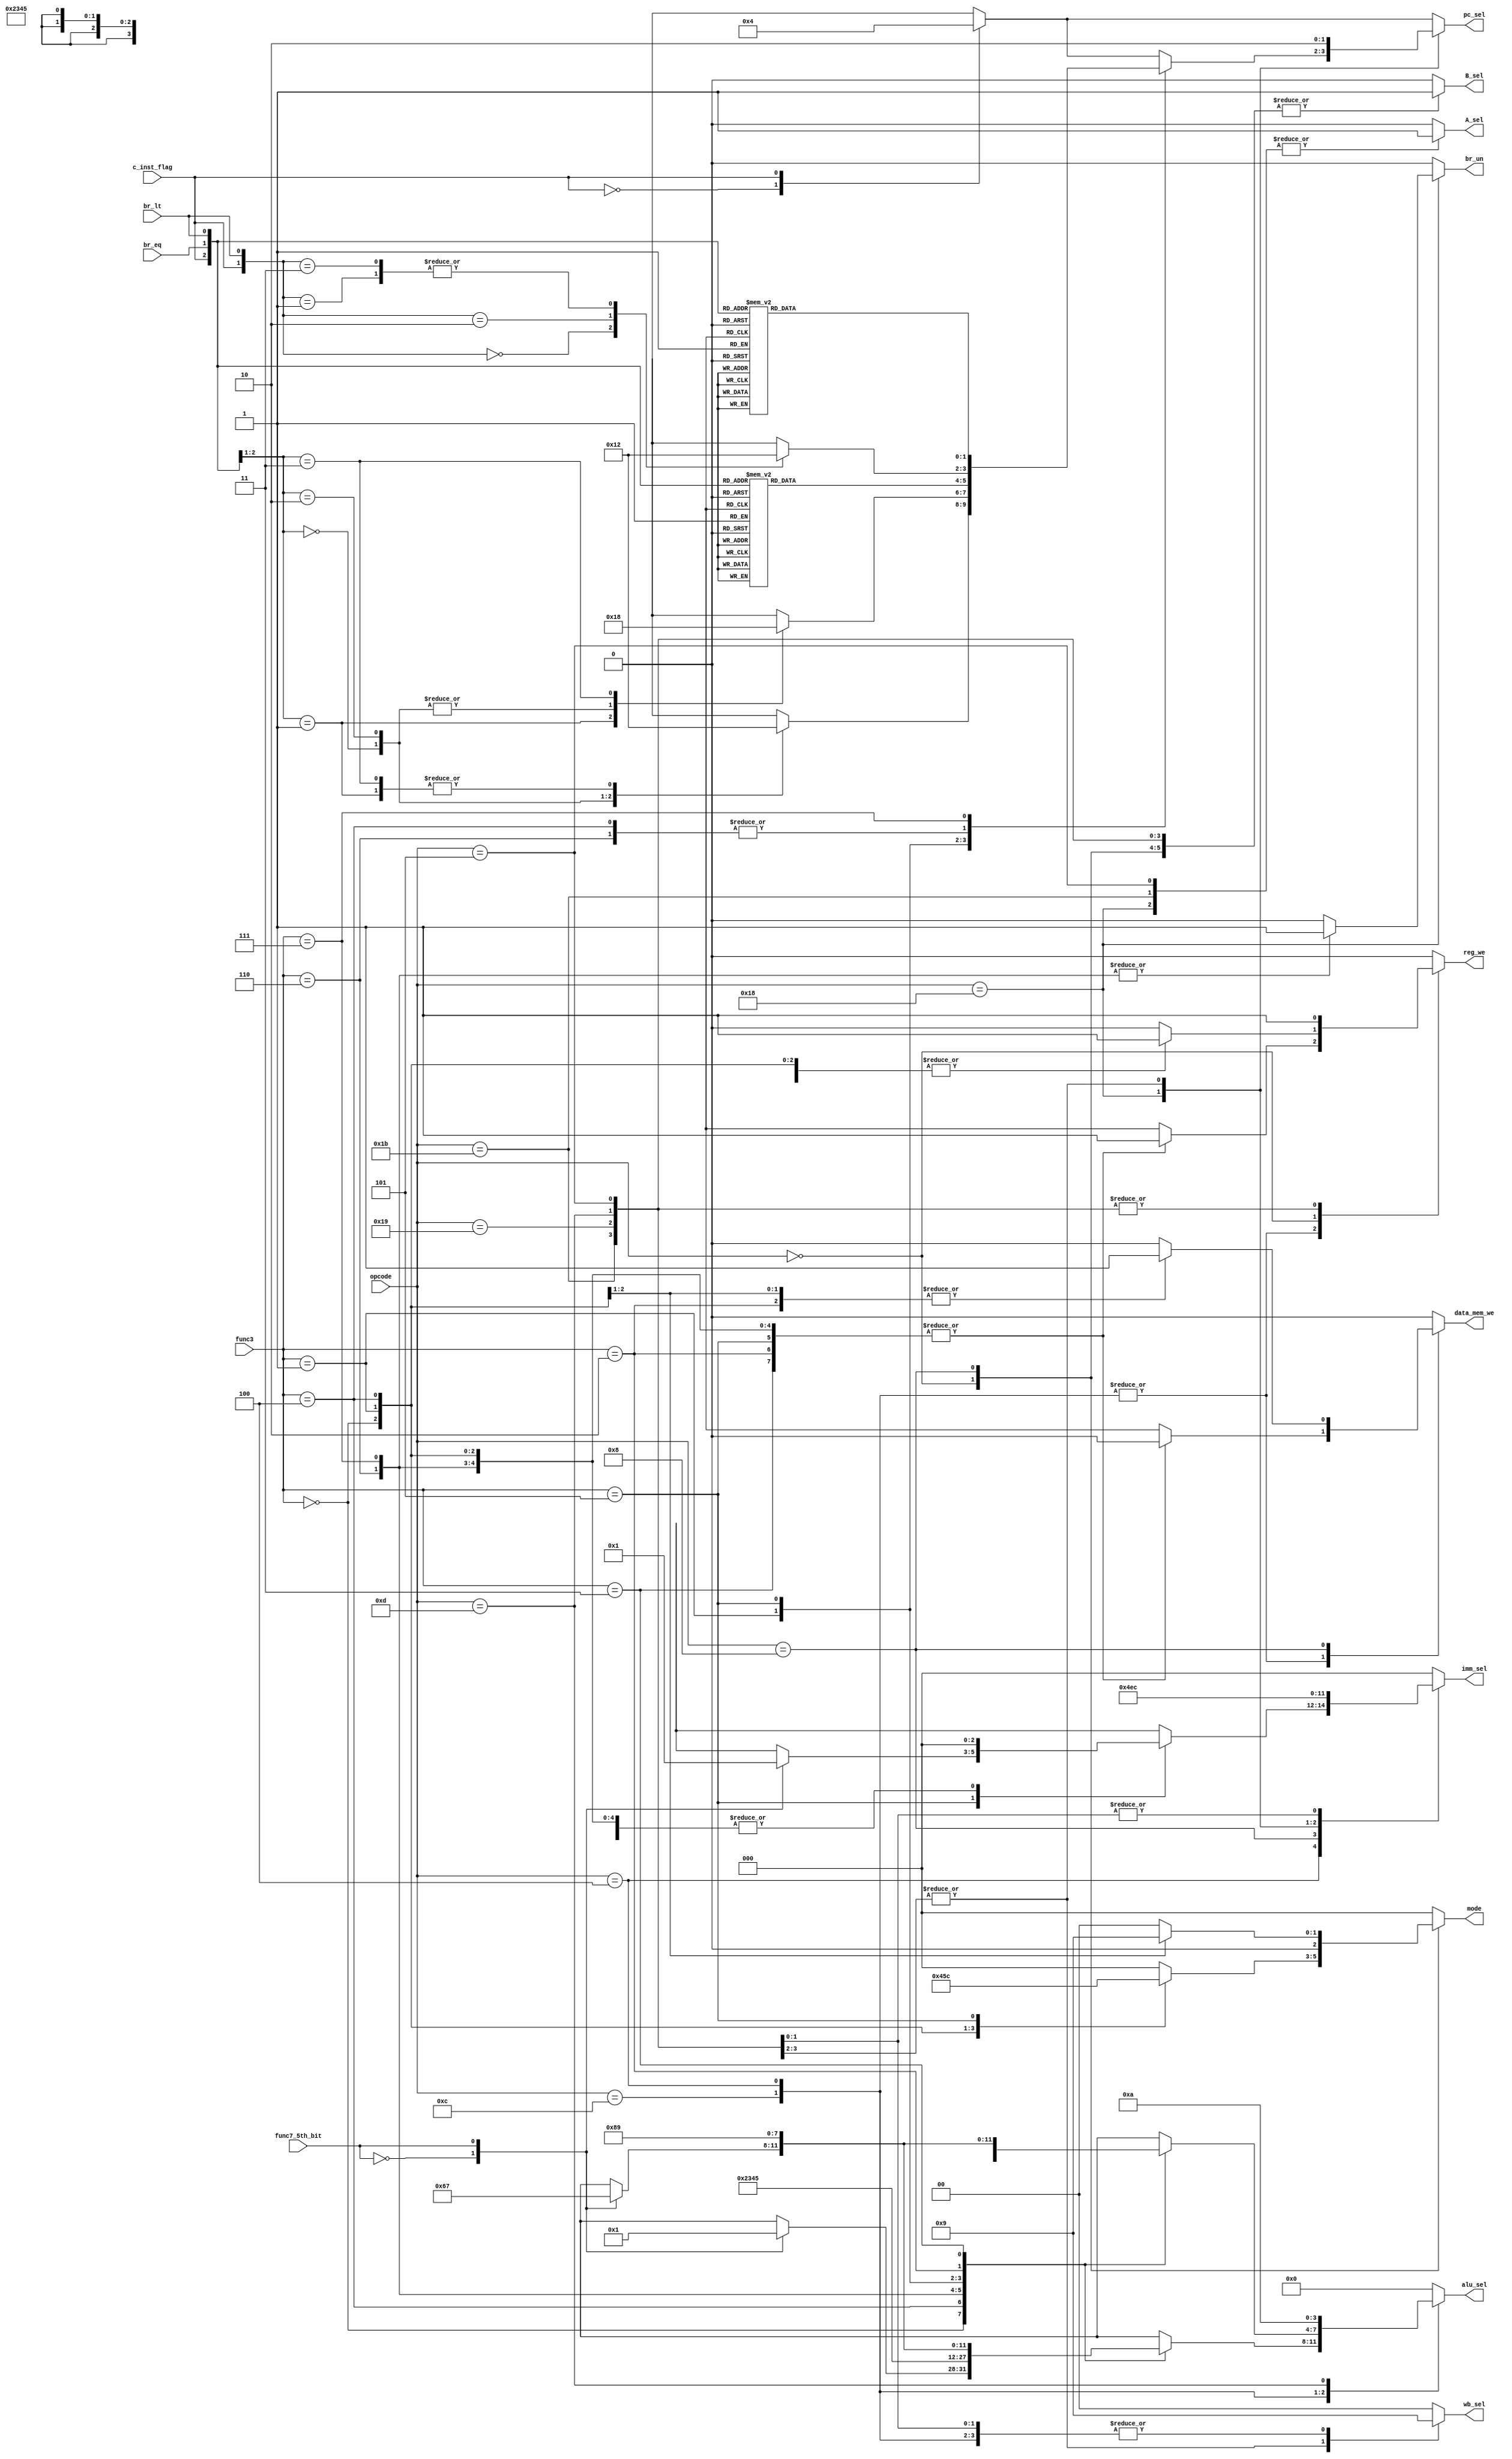
module controller(

input [4:0]opcode,   //5 bit
input [2:0]func3,    //3 bit
input func7_5th_bit,  //1 bit
input c_inst_flag,	 //1 bit
input br_eq,
input br_lt,

output reg [1:0]pc_sel,
output reg [2:0]imm_sel,
output reg reg_we,
output reg br_un, 		
output reg B_sel,
output reg A_sel,
output reg [3:0]alu_sel,
output reg data_mem_we,
output reg [1:0]wb_sel, 	 
output reg [2:0]mode

);

always@(*)
	begin

		
		case(opcode)
		5'b01100: // R TYPE
			begin
				imm_sel = 3'd0;  //x
				reg_we = 1'b1;
				br_un = 1'b0;    //x
				B_sel = 1'b0;
				A_sel = 1'b0;
				data_mem_we = 1'b0;
				wb_sel = 2'b01;
				mode = 3'd0;             //x

				case(c_inst_flag) 
					1'b0: pc_sel = 2'd1; 
					1'b1: pc_sel = 2'd0; 
				endcase

				case(func3)
				3'b000: 
					begin
						case(func7_5th_bit) 
						1'b0: alu_sel = 4'd0; //add
						1'b1: alu_sel = 4'd1; //sub
						default:
							begin
								reg_we = 1'b0;
								data_mem_we = 1'b0;
								alu_sel = 4'd0; //mem we are 0s,so it dosnot matter
							end 
						endcase
					end
				3'b100: alu_sel = 4'd2; //xor
				3'b110: alu_sel = 4'd3; //or
				3'b111: alu_sel = 4'd4; //and
				3'b001: alu_sel = 4'd5; //sll
				3'b101: 
					begin
						case(func7_5th_bit) 
						1'b0: alu_sel = 4'd6; //srl
						1'b1: alu_sel = 4'd7; //sra
						default:
							begin
								reg_we = 1'b0;
								data_mem_we = 1'b0;
								alu_sel = 4'd0;
							end 
						endcase
					end
				3'b010: alu_sel = 4'd8; //slt
				3'b011: alu_sel = 4'd9; //sltu

				default:
					begin
						reg_we = 1'b0;
						data_mem_we = 1'b0;
						alu_sel = 4'd0;
					end
				endcase
			end

		5'b00100: // I-R TYPE
			begin
				imm_sel = 3'd0;
				reg_we = 1'b1;
				br_un = 1'b0;  //x
				B_sel = 1'b1;
				A_sel = 1'b0;
				data_mem_we = 1'b0;
				wb_sel = 2'b01;
				mode = 3'd0;             //x

				case(c_inst_flag) 
					1'b0: pc_sel = 2'd1; 
					1'b1: pc_sel = 2'd0; 
				endcase

				case(func3)
				3'b000: alu_sel = 4'd0; //addi
				3'b100: alu_sel = 4'd2; //xori
				3'b110: alu_sel = 4'd3; //ori
				3'b111: alu_sel = 4'd4; //andi
				3'b001: alu_sel = 4'd5; //slli
				3'b101:
					begin
						case(func7_5th_bit)
						1'b0: alu_sel = 4'd6; //srli
						1'b1: 
							begin
								alu_sel = 4'd7; //srai
								imm_sel = 3'd1;
							end
						default:
							begin
								reg_we = 1'b0;
								data_mem_we = 1'b0;
								alu_sel = 4'd0;
							end
						endcase
					end
				3'b010: alu_sel = 4'd8; //slti
				3'b011: alu_sel = 4'd9; //sltiu

				default: 
					begin
						reg_we = 1'b0;
						data_mem_we = 1'b0;
						alu_sel = 4'd0;
					end
				endcase
			end

		5'b00000: // I-L TYPE
			begin
				imm_sel = 3'd0;
				reg_we = 1'b1;
				br_un = 1'b0;  //x
				B_sel = 1'b1;
				A_sel = 1'b0;
				alu_sel = 4'd0;
				data_mem_we = 1'b0;
				wb_sel = 2'b00;
				
				case(c_inst_flag) 
					1'b0: pc_sel = 2'd1; 
					1'b1: pc_sel = 2'd0; 
				endcase
				
				case(func3)
				3'd0: mode = 3'd2;
				3'd1: mode = 3'd1;
				3'd2: mode = 3'd0;
				3'd4: mode = 3'd3;
				3'd5: mode = 3'd4;
				default: 
					begin
						reg_we = 1'b0;
						data_mem_we = 1'b0;
						mode = 3'd0;
					end
				endcase
			end

		5'b01000: // S TYPE
			begin
				imm_sel = 3'd2;
				reg_we = 1'b0;
				br_un = 1'b0;  //x
				B_sel = 1'b1;
				A_sel = 1'b0;
				alu_sel = 4'd0;
				data_mem_we = 1'b1;
				wb_sel = 2'b00;  //x
				
				case(c_inst_flag) 
					1'b0: pc_sel = 2'd1; 
					1'b1: pc_sel = 2'd0; 
				endcase

				case(func3)
					3'd0: mode = 3'd2;
					3'd1: mode = 3'd1;
					3'd2: mode = 3'd0;
					default: 
						begin
							reg_we = 1'b0;
							data_mem_we = 1'b0;
							mode = 3'd0;
						end
					endcase
			end

		5'b11000: // B TYPE
			begin
				imm_sel = 3'd3;
				reg_we = 1'b0;
				B_sel = 1'b1;
				A_sel = 1'b1;
				alu_sel = 4'd0;
				data_mem_we = 1'b0;
				wb_sel = 2'b00;     //x
				mode = 3'd0; 		//x

				case(func3)
				3'd0:   //beq
					begin
						br_un = 1'b0;

						case({c_inst_flag,br_eq})
						2'b00: pc_sel = 2'b01;
						2'b01: pc_sel = 2'b10;
						2'b10: pc_sel = 2'b00;
						2'b11: pc_sel = 2'b10;
						endcase

					end

				3'd1:	//bne
					begin
						br_un = 1'b0;

						case({c_inst_flag,br_eq})
						2'b00: pc_sel = 2'b10;
						2'b01: pc_sel = 2'b01;
						2'b10: pc_sel = 2'b10;
						2'b11: pc_sel = 2'b00;
						endcase
					end

				3'd4:	//blt
					begin
						br_un = 1'b0;

						case({c_inst_flag,br_lt})
						2'b00: pc_sel = 2'b01;
						2'b01: pc_sel = 2'b10;
						2'b10: pc_sel = 2'b00;
						2'b11: pc_sel = 2'b10;
						endcase
					end

				3'd5:	//bge 
					begin
						br_un = 1'b0;

						case({c_inst_flag,br_eq,br_lt})
						3'b000:  pc_sel = 2'b10;
						3'b001:  pc_sel = 2'b01;
						3'b010:  pc_sel = 2'b10;
						3'b011:  pc_sel = 2'b10;
						3'b100:  pc_sel = 2'b10;
						3'b101:  pc_sel = 2'b00;
						3'b110:  pc_sel = 2'b10;
						3'b111:  pc_sel = 2'b10;
						endcase
					end

				3'd6:	//bltu
					begin
						br_un = 1'b1;

						case({c_inst_flag,br_lt})
						2'b00: pc_sel = 2'b01;
						2'b01: pc_sel = 2'b10;
						2'b10: pc_sel = 2'b00;
						2'b11: pc_sel = 2'b10;
						endcase
					end

				3'd7:	//bgeu
					begin
						br_un = 1'b1;

						case({c_inst_flag,br_eq,br_lt})
						3'b000:  pc_sel = 2'b10;
						3'b001:  pc_sel = 2'b01;
						3'b010:  pc_sel = 2'b10;
						3'b011:  pc_sel = 2'b10;
						3'b100:  pc_sel = 2'b10;
						3'b101:  pc_sel = 2'b00;
						3'b110:  pc_sel = 2'b10;
						3'b111:  pc_sel = 2'b10;
						endcase
					end

				default: 
					begin
						reg_we = 1'b0;
						data_mem_we = 1'b0;
						case(c_inst_flag) 
						1'b0: pc_sel = 2'd1; 
						1'b1: pc_sel = 2'd0; 
						endcase 	
						//pc_sel = 2'b01;
						br_un = 1'b0;
					end
				endcase
			end

		5'b11011: // J TYPE
			begin
				pc_sel = 2'b10; 
				imm_sel = 3'd5;//using imm_gen to calculate return address for forwarding
				reg_we = 1'b1;
				br_un = 1'b0; 	 //x
				B_sel = 1'b1; 
				A_sel = 1'b1; 
				alu_sel = 4'd0; 
				data_mem_we = 1'b0; 
				wb_sel = 2'b10;  	
				mode = 3'd0; 		 //x

			end

		5'b11001: // I-J TYPE
			begin
				pc_sel = 2'b10;
				imm_sel = 3'd5; //using imm_gen to calculate return address for forwarding
				reg_we = 1'b1;
				br_un = 1'b0; 		 //x
				B_sel = 1'b1;
				A_sel = 1'b0;
				alu_sel = 4'd0;
				data_mem_we = 1'b0;
				wb_sel = 2'b10;  	 
				mode = 3'd0; 		 //x
			end

		5'b01101: // U-LUI TYPE
			begin
				//pc_sel = 2'b01;
				imm_sel = 3'd4;
				reg_we = 1'b1;
				br_un = 1'b0; 		 //x
				B_sel = 1'b1;
				A_sel = 1'b0;
				alu_sel = 4'd10;
				data_mem_we = 1'b0;
				wb_sel = 2'b01;  	 
				mode = 3'd0; 		 //x
				case(c_inst_flag) 
					1'b0: pc_sel = 2'd1; 
					1'b1: pc_sel = 2'd0; 
				endcase
			end

		5'b00101: // U-AUIPC TYPE
			begin
				imm_sel = 3'd4;
				reg_we = 1'b1;
				br_un = 1'b0; 		 //x
				B_sel = 1'b1;
				A_sel = 1'b1;
				alu_sel = 4'd0;
				data_mem_we = 1'b0;
				wb_sel = 2'b01;  	 
				mode = 3'd0; 
				case(c_inst_flag) 
					1'b0: pc_sel = 2'd1; 
					1'b1: pc_sel = 2'd0; 
				endcase	
			end

		default: 
			begin
				imm_sel = 3'd0;
				reg_we = 1'b0;
				br_un = 1'b0; 		
				B_sel = 1'b0;
				A_sel = 1'b0;
				alu_sel = 4'd0;
				data_mem_we = 1'b0;
				wb_sel = 2'b00;  	 
				mode = 3'd0;
				case(c_inst_flag) 
					1'b0: pc_sel = 2'd1; 
					1'b1: pc_sel = 2'd0; 
				endcase 	
			end

		endcase
	end


endmodule